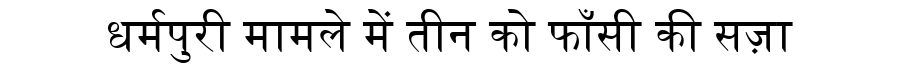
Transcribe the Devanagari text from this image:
धर्मपुरी मामले में तीन को फाँसी की सज़ा